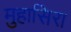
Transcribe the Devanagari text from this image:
मुहासिरा